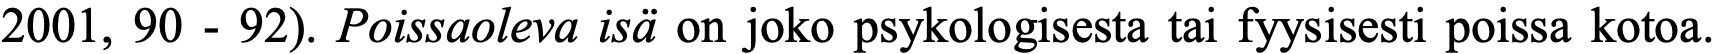
2001, 90 - 92). Poissaoleva isä on joko psykologisesta tai fyysisesti poissa kotoa.